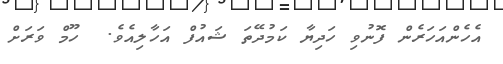
އެހެންއަހަރެން ފޮނުވި ހަދިޔާ ކަމުދޭތަ ޝައުފް އަހާލިއެވެ.  ހޫމް ވަރަށް